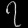
Digit: ၇